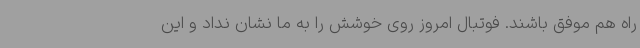
راه هم موفق باشند. فوتبال امروز روی خوشش را به ما نشان نداد و این